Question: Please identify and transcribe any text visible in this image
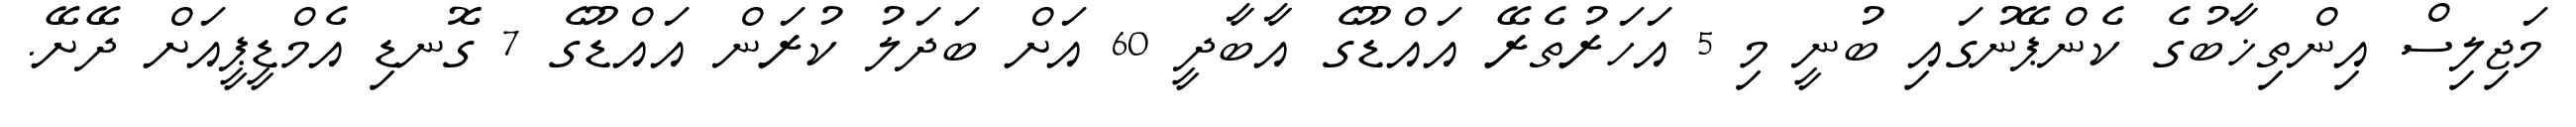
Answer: މަޖިލިސް އިންތިޚާބުގެ ކެންޕޭނުގައި ބުނީ މި 5 އަހަރުތެރޭ އައްޑޫގެ އާބާދީ 60 އަށް ބަދަލު ކުރަން އައްޑޫގެ 7 ގޮނޑި އެމްޑީޕީއަށް ދޭށޭ.